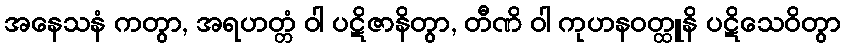
အနေသနံ ကတွာ, အရဟတ္တံ ဝါ ပဋိဇာနိတွာ, တီဏိ ဝါ ကုဟနဝတ္ထူနိ ပဋိသေဝိတွာ